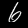
Label: 6